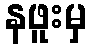
နဖူးမှ